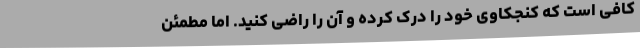
کافی است که کنجکاوی خود را درک کرده و آن را راضی کنید. اما مطمئن